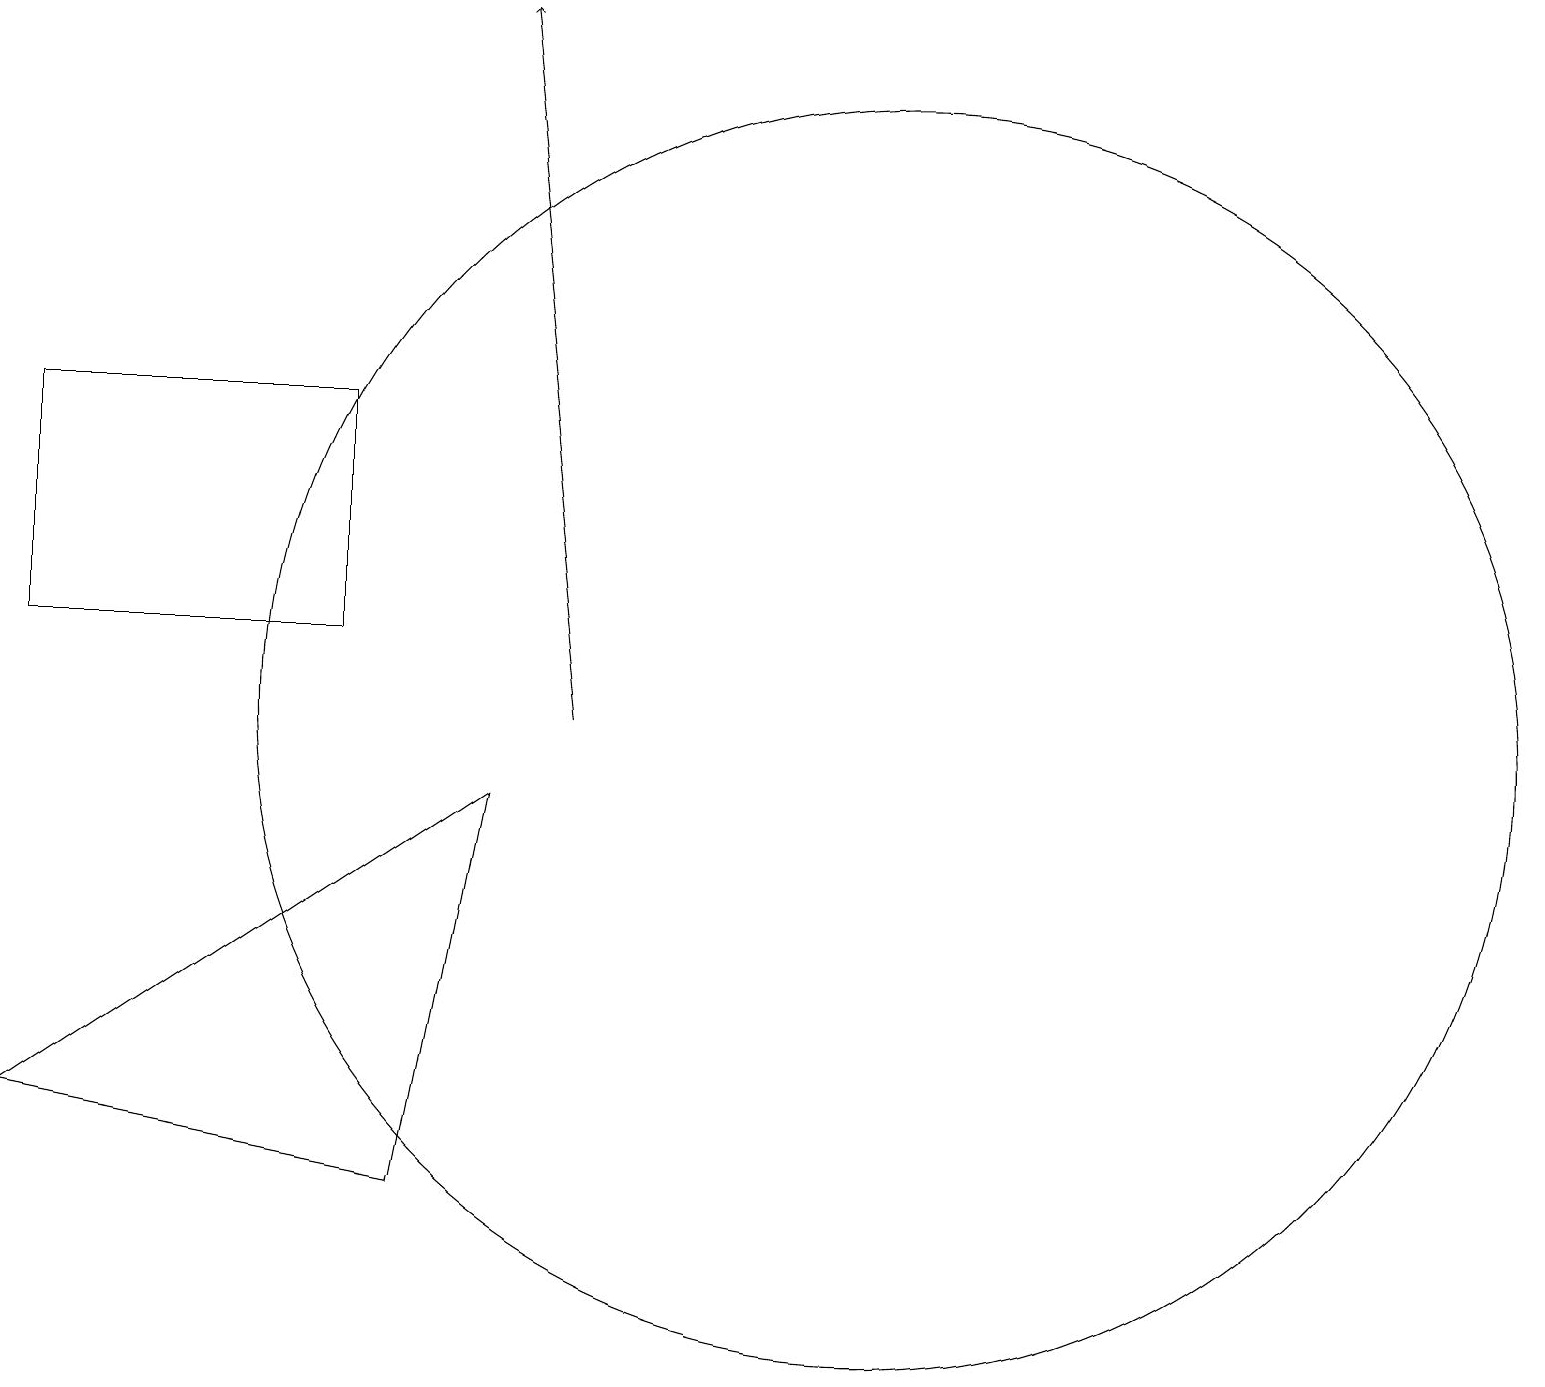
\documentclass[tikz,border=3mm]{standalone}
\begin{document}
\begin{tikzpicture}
\draw (12,10) circle (8);
\draw (7,9) -- (6,4) -- (1,5) -- cycle;
\draw (1,11) rectangle (5,14);
\draw[->] (8,10) -- (7,19);
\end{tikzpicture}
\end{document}